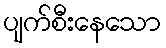
ပျက်စီးနေသော